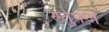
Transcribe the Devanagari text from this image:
स्तुफ्ज़